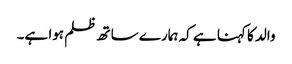
والد کا کہنا ہے کہ ہمارے ساتھ ظلم ہوا ہے۔